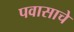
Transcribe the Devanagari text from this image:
पवासाचे